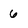
Character: 6